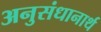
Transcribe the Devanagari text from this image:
अनुसंधानार्थ